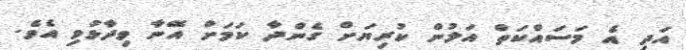
އަދި އެ މަސައްކަތް އަލުން ކުރިޔަށް ގެންދާ ކަމަށް އޭނާ ވިދާޅުވި އެވެ.